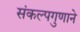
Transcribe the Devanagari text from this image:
संकल्पगुणाने